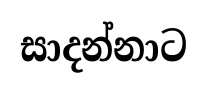
සාදන්නාට